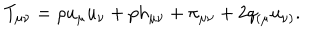
T _ { \mu \nu } = \rho u _ { \mu } u _ { \nu } + p h _ { \mu \nu } + \pi _ { \mu \nu } + 2 q _ { ( \mu } u _ { \nu ) } .